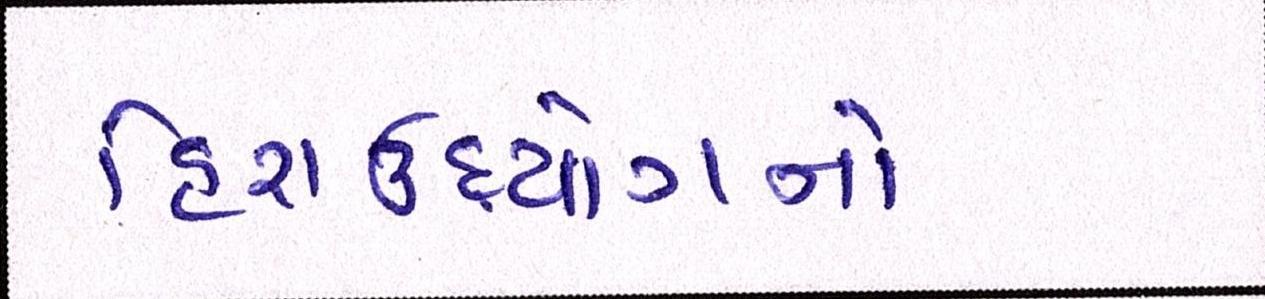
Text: હિરાઉદ્યોગનો